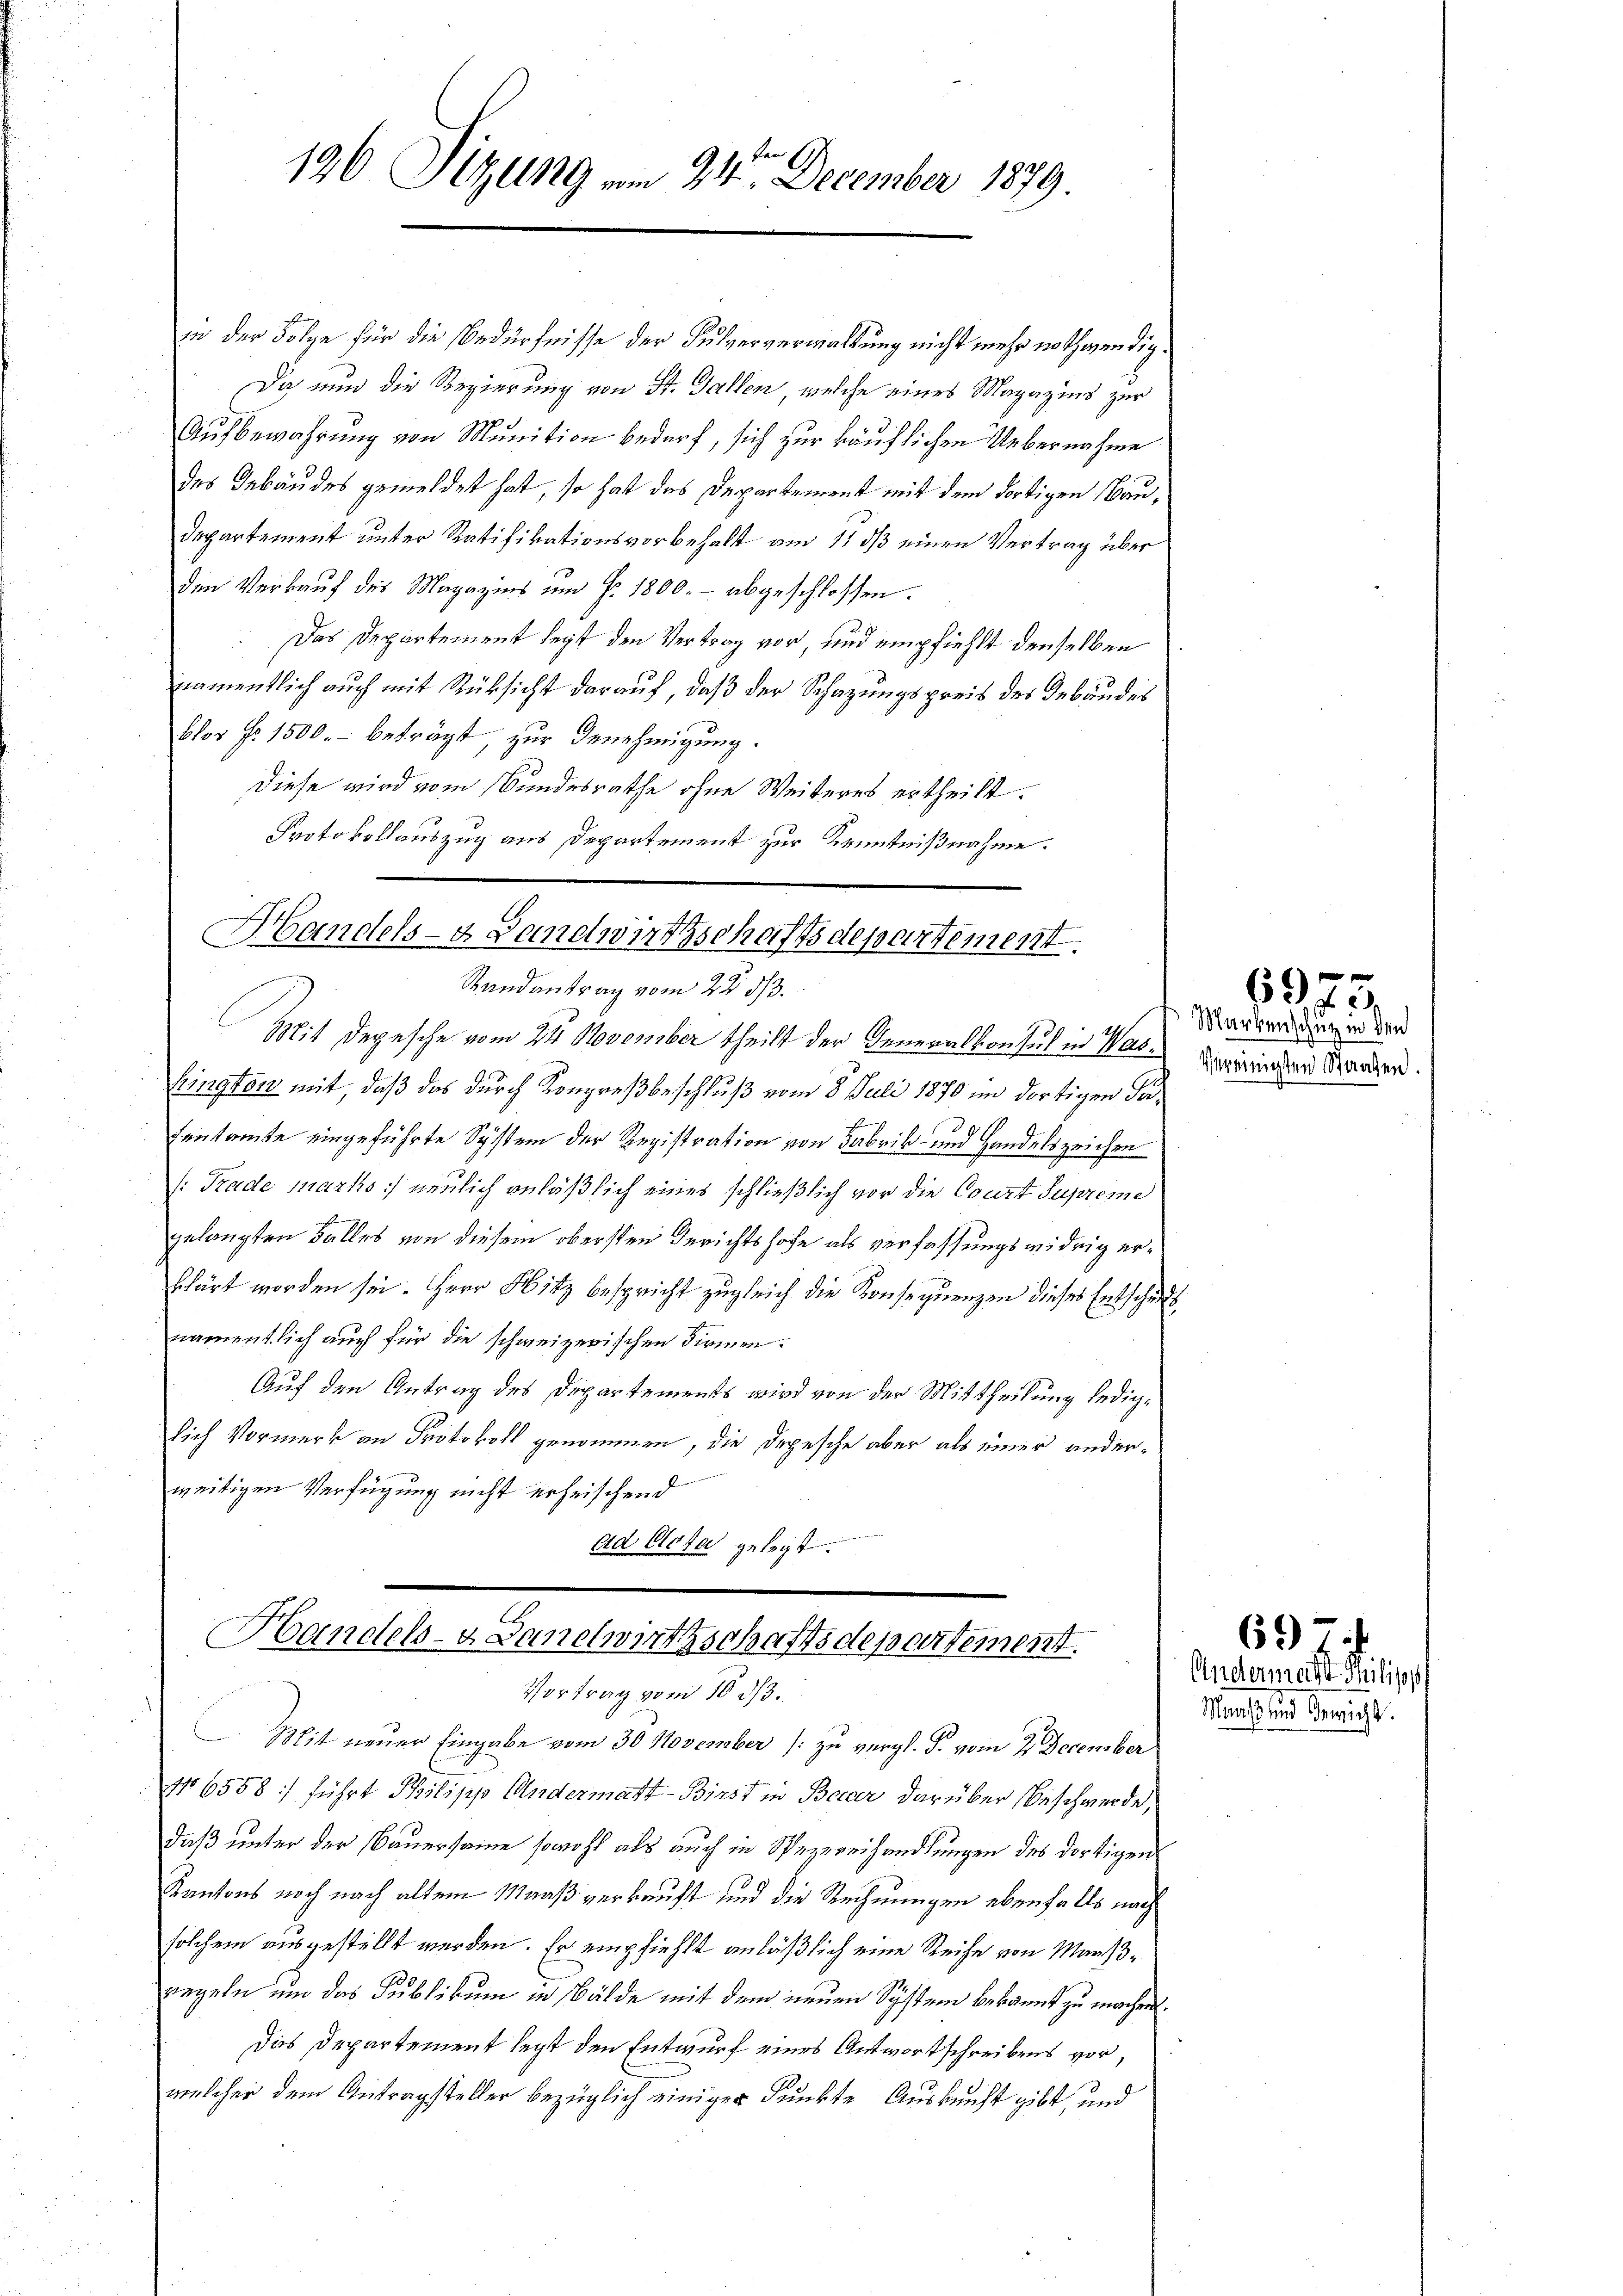
136 Sizung vom 24. December 1879.

in der Folge für die Bedürfnisse der Pulververwaltung nicht mehr nothwendig.
Da nun die Regierung von St. Gallen, welche eines Magazins zur
Aufbewahrung von Munition bedarf, sich zur käuflichen Uebernahme
des Gebäudes gemeldet hat, so hat das Departement mit dem dortigen Bau¬
Departement unter Ratifikationsvorbehalt am 11 dß einen Vertrag über
den Verkauf des Magazins um P. 1800.- abgeschlossen:
Das Departement legt den Vertrag vor, und empfiehlt denselben
namentlich auch mit Rücksicht darauf, daβ der Schazungspreis des Gebundes
blor No. 1500.- beträgt, zur Genehmigung.
Diese wird vom Bundesrathe ohne Weiteres ertheilt.
Protokollauszug aus Departement zur Kenntnißnahme.
Randantrag vom 22. ds.
Mit Depesche vom 24. November theilt der Generalkonsul in Vateriinden Standen.
Brington mit, daß das durch Kongreßbeschluß vom 8. Juli 1870 im dortigen Sa¬
Fentamte eingeführte System der Registration von Fabrik- und Handelszeichen
/:Trade marks neulich anläßlich eines schließlich vor die Court Supreme
gelangten Falles von diesem obersten Gerichtshofe als verfassungswidrig erklärt worden sei. Herr Hitz bespricht zugleich die Konsequenzen dieses Entschus
namentlich auch für die schweizerischen Firmen.
Auf den Antrag des Departements wird von der Mittheilung ledigsich Vormerk an Protokoll genommen, die Depesche aber als einer anderweitigen Verfügung nicht erheischend
ad Code gelegt.

Handels- & Landwirtschaftsdepartement.

Handels- Sanelwirtschaftsdepartement.
Vortrag vom 10 d.

Mit neuer Eingabe vom 30 November [zu vergl. P. vom 2. December
No 6558 :/ führt Philipp Andermatt-Birst in Bauer darüber Beschwerde,
daß unter der Bauersamme sowohl als auch in Spezereihandlungen des dortigen
Kantons noch nach altem Maaß verkauft und die Rechnungen ebenfalls nach
solchem ausgestellt werden. Er empfiehlt anläßlich eine Reihe von Maaßregeln um das Publikum in Bälde mit dem neuen System bekannt zu machen.
Das Departement legt den Entwurf eines Antwortschreibens vor,
welcher dem Antragsteller bezüglich einiger Punkte Auskunft gibt, und

Markenschutz in die

e
6975.

Andermachte Philipp
Mans und Bericht.

697.